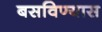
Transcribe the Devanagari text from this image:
बसविण्यास